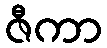
ဇီကာ